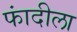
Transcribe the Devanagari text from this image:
फांदीला